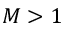
M > 1